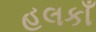
હલકાઁ